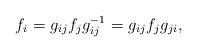
LaTeX: \begin{align*}f_i=g_{ij}f_jg_{ij}^{-1}=g_{ij}f_jg_{ji}, \end{align*}